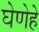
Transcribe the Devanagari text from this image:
घेणेहे